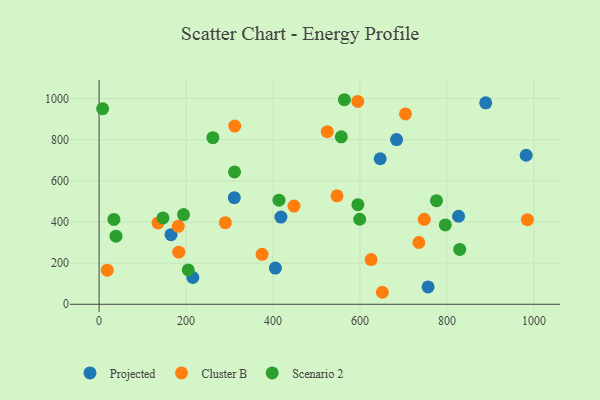
{"axis": {"x": "Distance", "y": "Exam Score"}, "legend": ["Cluster B", "Projected", "Scenario 2"], "data": [{"x": "418.2", "y": 423.7, "type": "Projected"}, {"x": "405.4", "y": 175.7, "type": "Projected"}, {"x": "889.2", "y": 979.1, "type": "Projected"}, {"x": "826.7", "y": 427.8, "type": "Projected"}, {"x": "215.6", "y": 130.2, "type": "Projected"}, {"x": "165.5", "y": 338.3, "type": "Projected"}, {"x": "684.1", "y": 800.3, "type": "Projected"}, {"x": "646.5", "y": 707.2, "type": "Projected"}, {"x": "311.0", "y": 518.1, "type": "Projected"}, {"x": "982.2", "y": 724.2, "type": "Projected"}, {"x": "756.6", "y": 84.4, "type": "Projected"}, {"x": "651.4", "y": 58.3, "type": "Cluster B"}, {"x": "183.2", "y": 253.1, "type": "Cluster B"}, {"x": "374.9", "y": 242.6, "type": "Cluster B"}, {"x": "985.0", "y": 410.9, "type": "Cluster B"}, {"x": "135.4", "y": 395.3, "type": "Cluster B"}, {"x": "704.7", "y": 924.8, "type": "Cluster B"}, {"x": "747.8", "y": 413.0, "type": "Cluster B"}, {"x": "547.2", "y": 527.1, "type": "Cluster B"}, {"x": "18.8", "y": 165.6, "type": "Cluster B"}, {"x": "448.3", "y": 477.2, "type": "Cluster B"}, {"x": "594.9", "y": 985.6, "type": "Cluster B"}, {"x": "182.0", "y": 378.9, "type": "Cluster B"}, {"x": "290.4", "y": 396.6, "type": "Cluster B"}, {"x": "625.6", "y": 217.1, "type": "Cluster B"}, {"x": "735.4", "y": 300.3, "type": "Cluster B"}, {"x": "524.8", "y": 838.7, "type": "Cluster B"}, {"x": "312.0", "y": 865.8, "type": "Cluster B"}, {"x": "413.7", "y": 506.1, "type": "Scenario 2"}, {"x": "557.0", "y": 813.8, "type": "Scenario 2"}, {"x": "796.2", "y": 385.7, "type": "Scenario 2"}, {"x": "146.9", "y": 419.4, "type": "Scenario 2"}, {"x": "599.4", "y": 413.1, "type": "Scenario 2"}, {"x": "8.1", "y": 950.2, "type": "Scenario 2"}, {"x": "776.0", "y": 503.3, "type": "Scenario 2"}, {"x": "595.2", "y": 483.9, "type": "Scenario 2"}, {"x": "311.5", "y": 643.3, "type": "Scenario 2"}, {"x": "261.7", "y": 809.4, "type": "Scenario 2"}, {"x": "829.4", "y": 266.4, "type": "Scenario 2"}, {"x": "205.1", "y": 166.9, "type": "Scenario 2"}, {"x": "38.8", "y": 330.8, "type": "Scenario 2"}, {"x": "34.0", "y": 412.5, "type": "Scenario 2"}, {"x": "564.2", "y": 994.0, "type": "Scenario 2"}, {"x": "194.1", "y": 436.0, "type": "Scenario 2"}]}